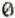
0